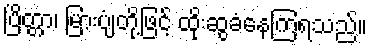
ပြိတ္တာ၊ မြားပျံတို့ဖြင့် ထိုးဆွခံနေကြရသည်။